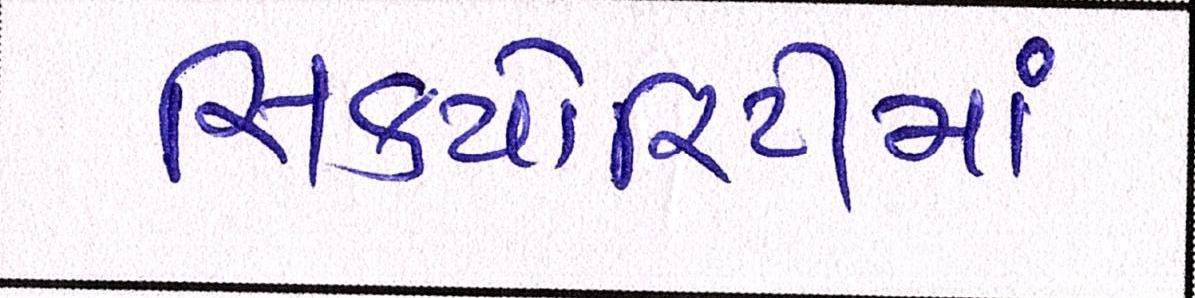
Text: સિક્યોરિટીમાં